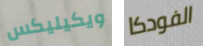
ويكيليكس الفودكا